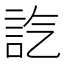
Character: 𧥷